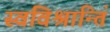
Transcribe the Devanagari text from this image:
स्वविश्रान्तिं